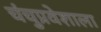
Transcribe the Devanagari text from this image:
चंचुप्रवेशाला